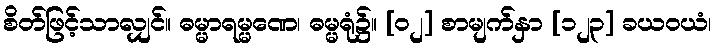
စိတ်ဖြင့်သာလျှင်။ ဓမ္မာရမ္မဏေ၊ ဓမ္မရုံ၌။ [၀၂] စာမျက်နှာ [၁၂၃] ခယဝယံ၊